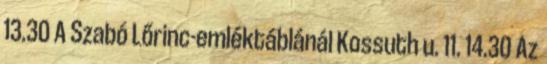
13.30 A Szabó Lőrinc-emléktáblánál Kossuth u. 11. 14.30 Az